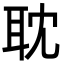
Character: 耽